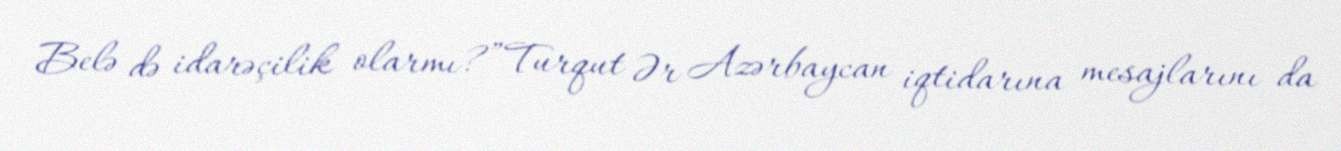
Belə də idarəçilik olarmı?”Turqut Ər Azərbaycan iqtidarına mesajlarını da